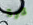
كرة